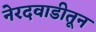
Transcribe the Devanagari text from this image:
नेरदवाडीतून